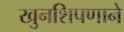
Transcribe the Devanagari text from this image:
खुनशिपणाने